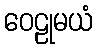
ဝေဠုမယံ